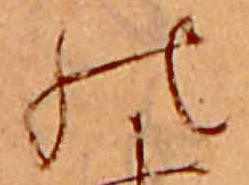
の